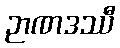
ဉာဏဒဿီ